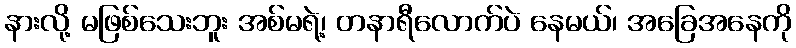
နားလို့ မဖြစ်သေးဘူး အစ်မရဲ့၊ တနာရီလောက်ပဲ နေမယ်၊ အခြေအနေကို